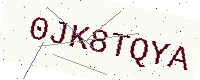
Text: 0JK8TQYA